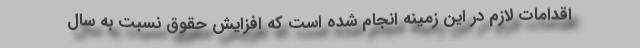
اقدامات لازم در این زمینه انجام شده است که افزایش حقوق نسبت به سال